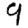
Digit: 9